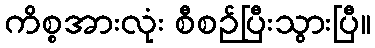
ကိစ္စအားလုံး စီစဉ်ပြီးသွားပြီ။